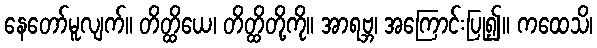
နေတော်မူလျက်။ တိတ္ထိယေ၊ တိတ္ထိတို့ကို။ အာရဗ္ဘ၊ အကြောင်းပြု၍။ ကထေသိ၊